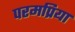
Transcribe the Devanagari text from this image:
परमप्रिया